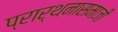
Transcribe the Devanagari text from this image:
प्रार्थनासमाजी